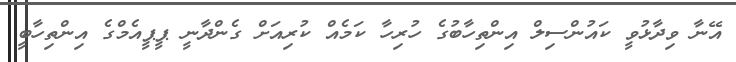
އޭނާ ވިދާޅުވީ ކައުންސިލް އިންތިހާބުގެ ހުރިހާ ކަމެއް ކުރިއަށް ގެންދާނީ ޕީޕީއެމްގެ އިންތިހާބީ